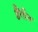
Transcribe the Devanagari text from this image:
डैंगीन